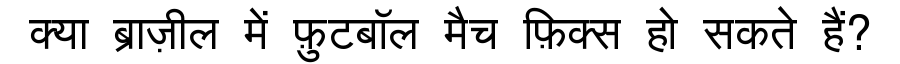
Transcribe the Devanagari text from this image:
क्या ब्राज़ील में फ़ुटबॉल मैच फ़िक्स हो सकते हैं?